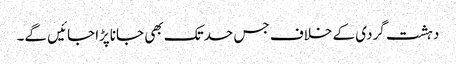
دہشت گردی کے خلاف جس حدتک بھی جاناپڑاجائیں گے۔